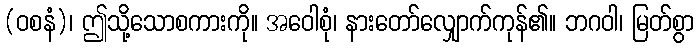
(ဝစနံ)၊ ဤသို့သောစကားကို။ အဝေါစုံ၊ နားတော်လျှောက်ကုန်၏။ ဘဂဝါ၊ မြတ်စွာ